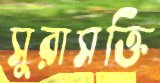
সুরাসক্তি